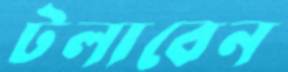
টলাবেন